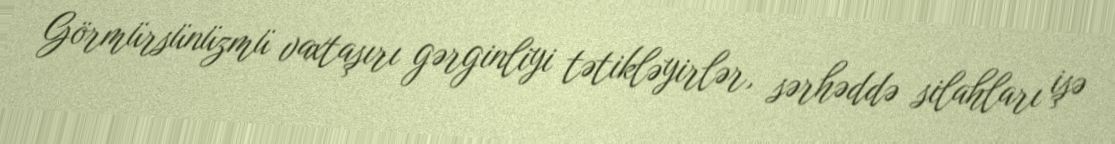
Görmürsünüzmü vaxtaşırı gərginliyi tətikləyirlər, sərhəddə silahları işə